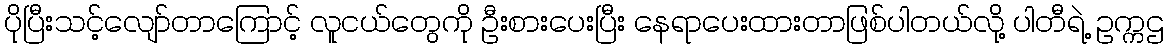
ပိုပြီးသင့်လျော်တာကြောင့် လူငယ်တွေကို ဦးစားပေးပြီး နေရာပေးထားတာဖြစ်ပါတယ်လို့ ပါတီရဲ့ ဥက္ကဌ